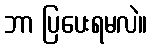
ဘာ ပြပေးရမလဲ။